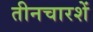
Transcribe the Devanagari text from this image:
तीनचारशें